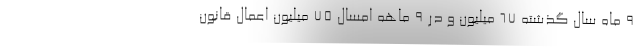
9 ماه سال گذشته 67 میلیون و در 9 ماهه امسال 75 میلیون اعمال قانون